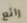
رائع